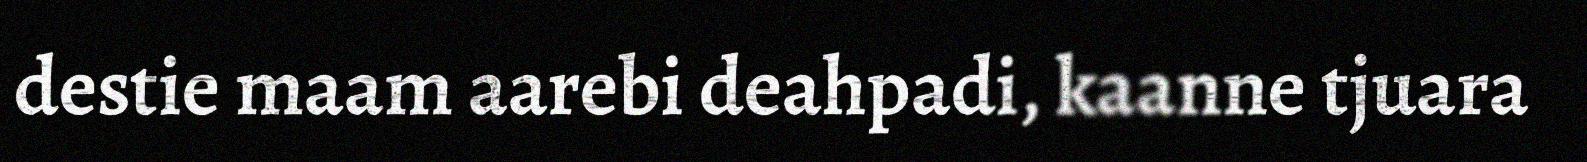
destie maam aarebi deahpadi, kaanne tjuara